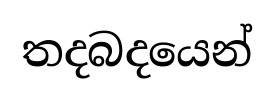
තදබදයෙන්